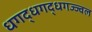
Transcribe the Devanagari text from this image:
धगद्धगद्धगज्ज्वल